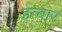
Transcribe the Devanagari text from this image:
इत्बार